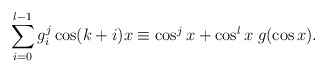
\begin{align*}\sum_{i=0}^{l-1}g_i^j \cos (k+i)x\equiv \cos^j x+\cos^l x\;g(\cos x).\end{align*}